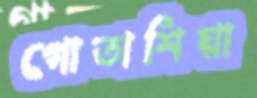
গোতাশিয়া